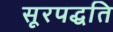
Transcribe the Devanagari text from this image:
सूरपद्धति